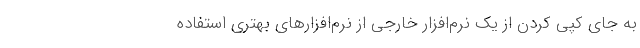
به جای کپی کردن از یک نرم‌افزار خارجی از نرم‌افزارهای بهتری استفاده